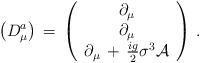
LaTeX: \begin{align*}\left( D^a_\mu \right) \, = \, \left( \begin{array}{c} \partial_\mu \\ \partial_\mu \\ \partial_\mu \, + \, \frac{ig}{2} \sigma^3 \mathcal{A} \end{array} \right) \, . \end{align*}